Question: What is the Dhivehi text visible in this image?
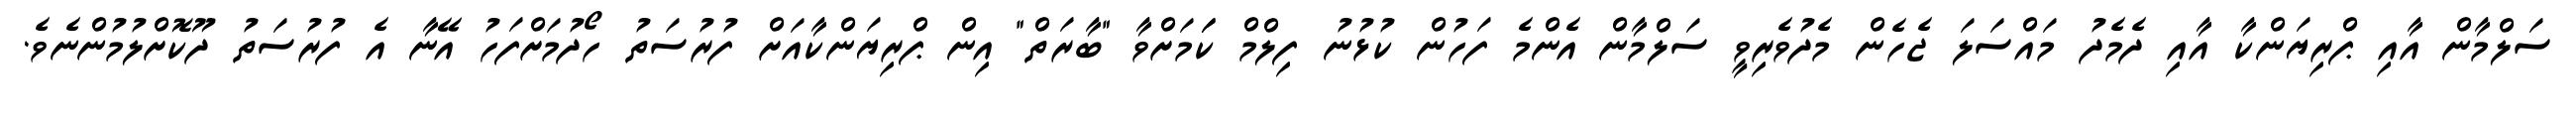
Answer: ސަލްމާން އާއި ޕްރިޔަންކާ އާއި ދެމެދު މައްސަލަ ޖެހެން މެދުވެރިވީ ސަލްމާން އެންމެ ފަހުން ކުޅުނު ފިލްމް ކަަމަށްވާ "ބާރަތް" އިން ޕްރިޔަންކާއަށް ފުރުސަތު ހޯދުމަށްފަހު އޭނާ އެ ފުރުސަތު ދޫކޮށްލުމުންނެވެ.